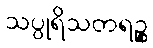
သပ္ပုရိသတရဉ္စ